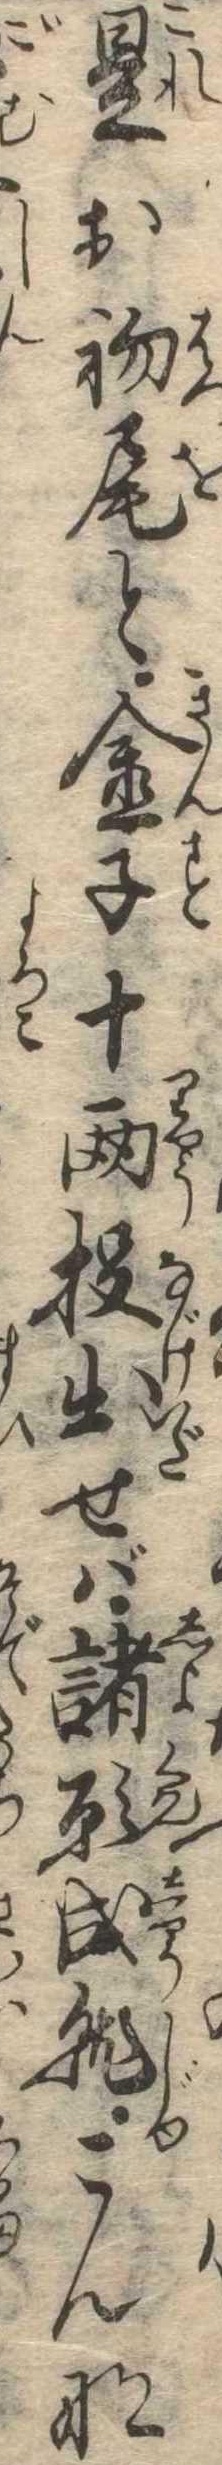
是お初尾と金子十両投出せば諸願成就こんな